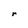
Character: r